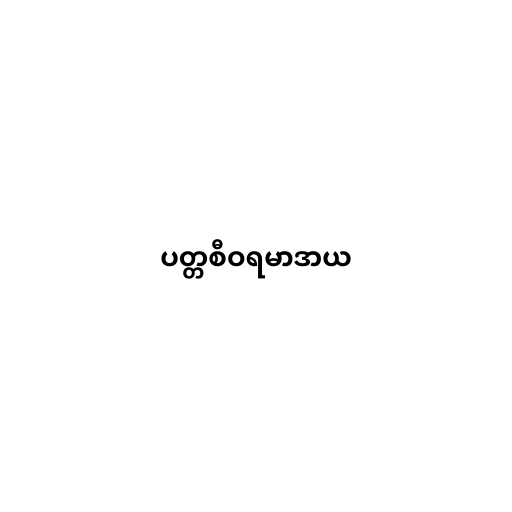
ပတ္တစီဝရမာဒာယ